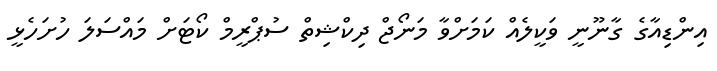
އިންޑިއާގެ ގާނޫނީ ވަކީލެއް ކަމަށްވާ މަނޯޖް ދިކްޝިތް ސުޕްރީމް ކޯޓަށް މައްސަލަ ހުށަހެޅީ